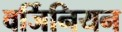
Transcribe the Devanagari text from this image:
वर्जिनियन